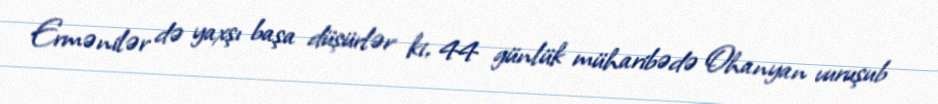
Ermənilər də yaxşı başa düşürlər ki, 44 günlük müharibədə Ohanyan vuruşub